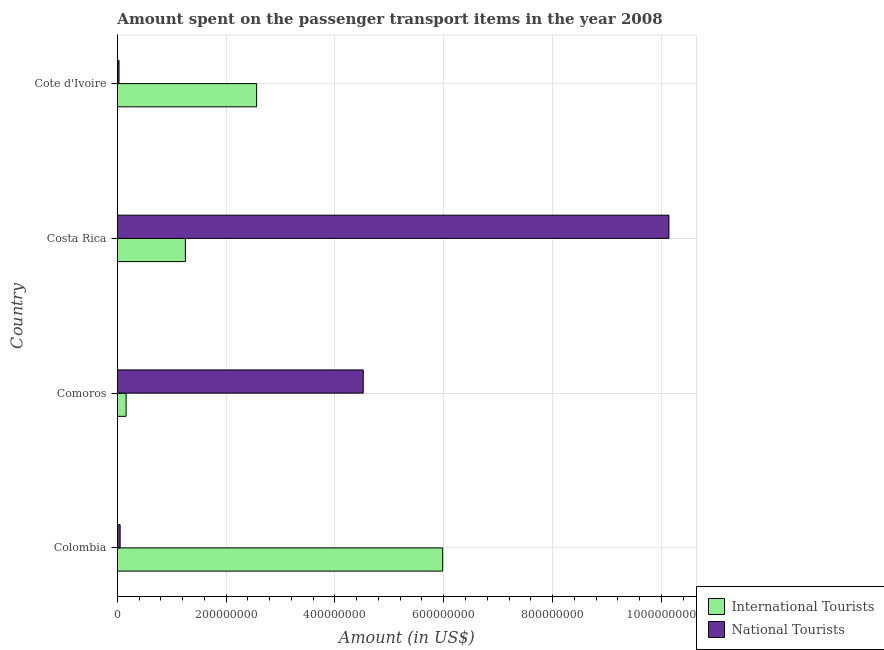
| Country | International Tourists | National Tourists |
 | --- | --- | --- |
 | Colombia | 5.98e+08 | 5e+06 |
 | Comoros | 1.6e+07 | 4.52e+08 |
 | Costa Rica | 1.25e+08 | 1.01e+09 |
 | Cote d'Ivoire | 2.56e+08 | 3e+06 |